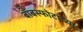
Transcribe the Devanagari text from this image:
बाँबस्फोटांच्या